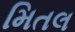
મિતલ